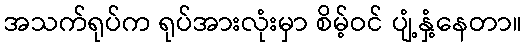
အသက်ရုပ်က ရုပ်အားလုံးမှာ စိမ့်ဝင် ပျံ့နှံ့နေတာ။